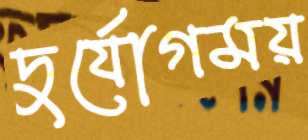
দুর্যোগময়